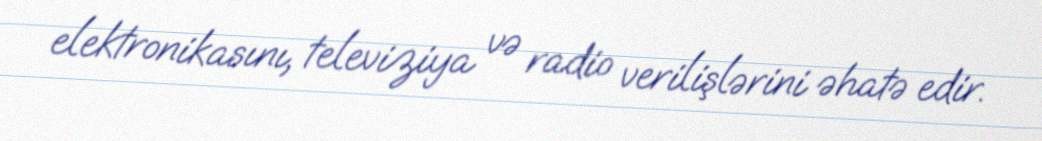
elektronikasını, televiziya və radio verilişlərini əhatə edir.